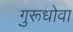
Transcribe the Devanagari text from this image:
गुरूधोवा